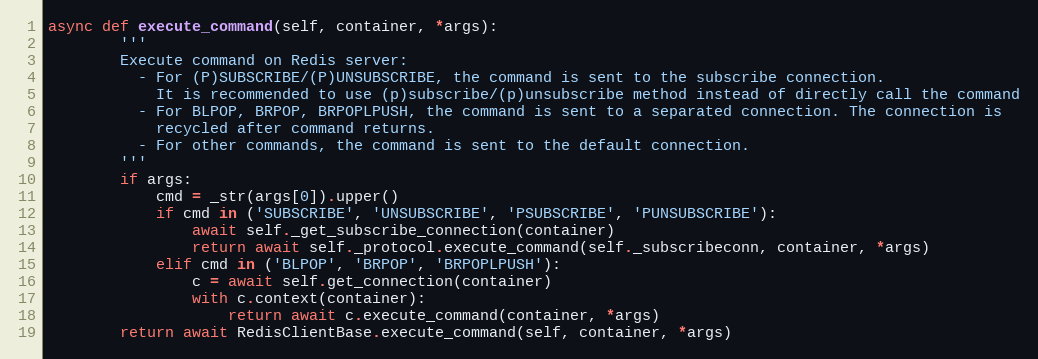
Language: Python
async def execute_command(self, container, *args):
        '''
        Execute command on Redis server:
          - For (P)SUBSCRIBE/(P)UNSUBSCRIBE, the command is sent to the subscribe connection.
            It is recommended to use (p)subscribe/(p)unsubscribe method instead of directly call the command
          - For BLPOP, BRPOP, BRPOPLPUSH, the command is sent to a separated connection. The connection is
            recycled after command returns.
          - For other commands, the command is sent to the default connection.
        '''
        if args:
            cmd = _str(args[0]).upper()
            if cmd in ('SUBSCRIBE', 'UNSUBSCRIBE', 'PSUBSCRIBE', 'PUNSUBSCRIBE'):
                await self._get_subscribe_connection(container)
                return await self._protocol.execute_command(self._subscribeconn, container, *args)
            elif cmd in ('BLPOP', 'BRPOP', 'BRPOPLPUSH'):
                c = await self.get_connection(container)
                with c.context(container):
                    return await c.execute_command(container, *args)
        return await RedisClientBase.execute_command(self, container, *args)